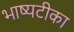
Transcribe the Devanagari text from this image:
भाष्यटीका